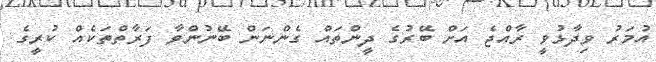
އުމަރު ވިދާޅުވީ ރާއްޖެ އަށް ބޭރުގެ ދީންތައް ގެންނަން ބޭނުންވާ ފަރާތްތަކެއް ކުރީގެ